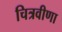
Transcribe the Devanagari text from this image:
चित्रवीणा